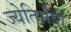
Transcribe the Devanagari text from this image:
ज्येतिर्मयी